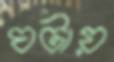
ঘটায়